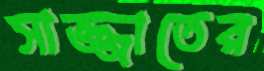
সাজ্জাতের